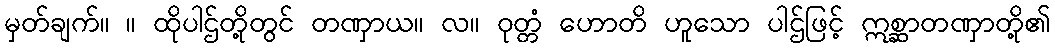
မှတ်ချက်။ ။ ထိုပါဌ်တို့တွင် တဏှာယ။ လ။ ဝုတ္တံ ဟောတိ ဟူသော ပါဌ်ဖြင့် ဣစ္ဆာတဏှာတို့၏